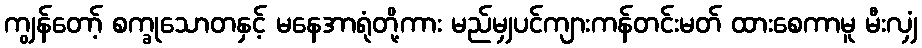
ကျွန်တော့် စက္ခုသောတနှင့် မနေအာရုံတို့ကား မည်မျှပင်ကျားကန်တင်းမတ် ထားစေကာမူ မီးလျှံ